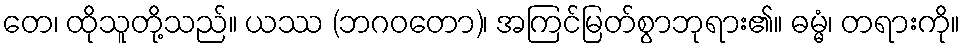
တေ၊ ထိုသူတို့သည်။ ယဿ (ဘဂဝတော)၊ အကြင်မြတ်စွာဘုရား၏။ ဓမ္မံ၊ တရားကို။